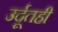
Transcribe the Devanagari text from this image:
उर्दूतही